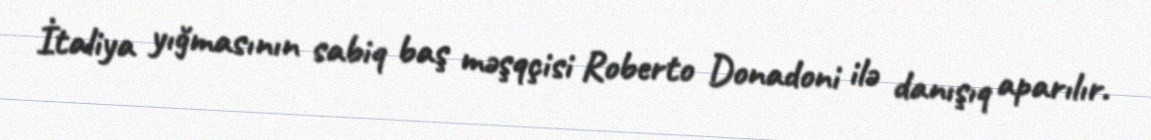
İtaliya yığmasının sabiq baş məşqçisi Roberto Donadoni ilə danışıq aparılır.